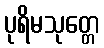
ပုရိမသုတ္တေ